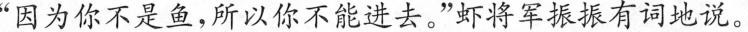
”因为你不是鱼，所以你不能进去。”虾将军振振有词地说。